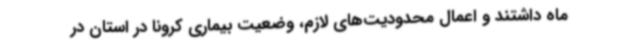
ماه داشتند و اعمال محدودیت‌های لازم، وضعیت بیماری کرونا در استان در